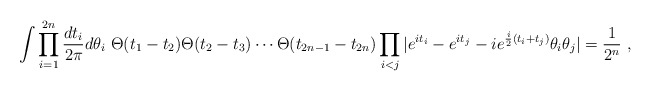
\begin{align*}\int \prod_{i=1}^{2n}{dt_i\over 2\pi} d\theta_i ~ \Theta(t_1-t_2) \Theta(t_2-t_3) \cdots \Theta(t_{2n-1}-t_{2n})\prod_{i<j} | e^{it_i}-e^{it_j} - i e^{\frac{i}{2} (t_i+t_j)} \theta_i \theta_j | = {1\over 2^n}~,\end{align*}